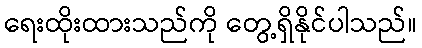
ရေးထိုးထားသည်ကို တွေ့ရှိနိုင်ပါသည်။